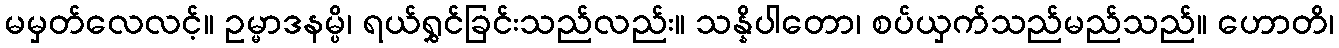
မမှတ်လေလင့်။ ဥမ္မာဒနမ္ပိ၊ ရယ်ရွှင်ခြင်းသည်လည်း။ သန္နိပါတော၊ စပ်ယှက်သည်မည်သည်။ ဟောတိ၊